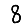
Digit: 8